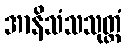
အာနိသံသသုတ္တံ